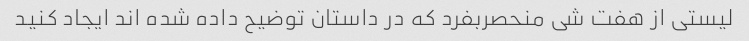
لیستی از هفت شی منحصربفرد که در داستان توضیح داده شده اند ایجاد کنید